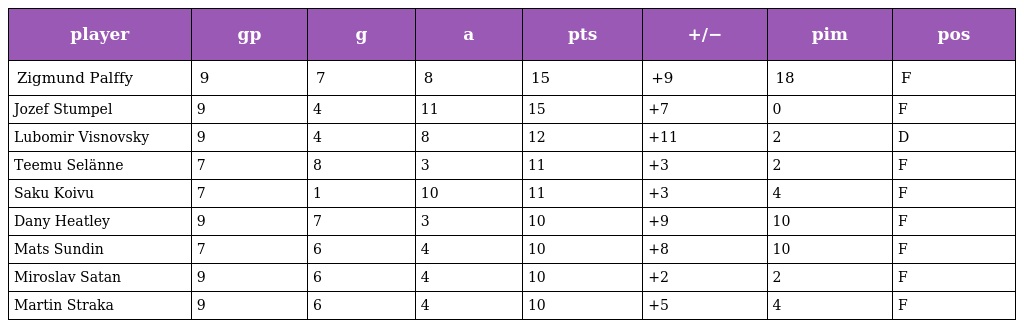
| player | gp | g | a | pts | +/− | pim | pos |
 | --- | --- | --- | --- | --- | --- | --- | --- |
 | Zigmund Palffy | 9 | 7 | 8 | 15 | +9 | 18 | F |
 | Jozef Stumpel | 9 | 4 | 11 | 15 | +7 | 0 | F |
 | Lubomir Visnovsky | 9 | 4 | 8 | 12 | +11 | 2 | D |
 | Teemu Selänne | 7 | 8 | 3 | 11 | +3 | 2 | F |
 | Saku Koivu | 7 | 1 | 10 | 11 | +3 | 4 | F |
 | Dany Heatley | 9 | 7 | 3 | 10 | +9 | 10 | F |
 | Mats Sundin | 7 | 6 | 4 | 10 | +8 | 10 | F |
 | Miroslav Satan | 9 | 6 | 4 | 10 | +2 | 2 | F |
 | Martin Straka | 9 | 6 | 4 | 10 | +5 | 4 | F |